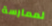
لممارسة